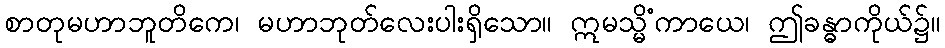
စာတုမဟာဘူတိကေ၊ မဟာဘုတ်လေးပါးရှိသော။ ဣမသ္မိံကာယေ၊ ဤခန္ဓာကိုယ်၌။